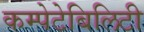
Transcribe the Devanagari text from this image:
कम्पेटेबिलिटी